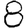
Digit: 8